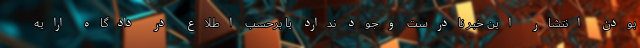
بودن انتشار این خبر نادرست وجود ندارد يا برحسب اطلاع در دادگاه ارايه